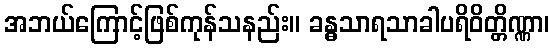
အဘယ်ကြောင့်ဖြစ်ကုန်သနည်း။ ခန္ဓသာရသာခါပရိဝိတ္တိဏ္ဏာ၊